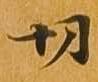
切